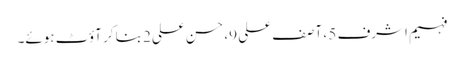
فہیم اشرف 5 ، آصف علی 9، حسن علی2 بنا کر آؤٹ ہوئے۔